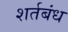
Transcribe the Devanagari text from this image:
शर्तबंध